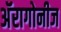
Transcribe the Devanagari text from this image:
अॅरागोनीज